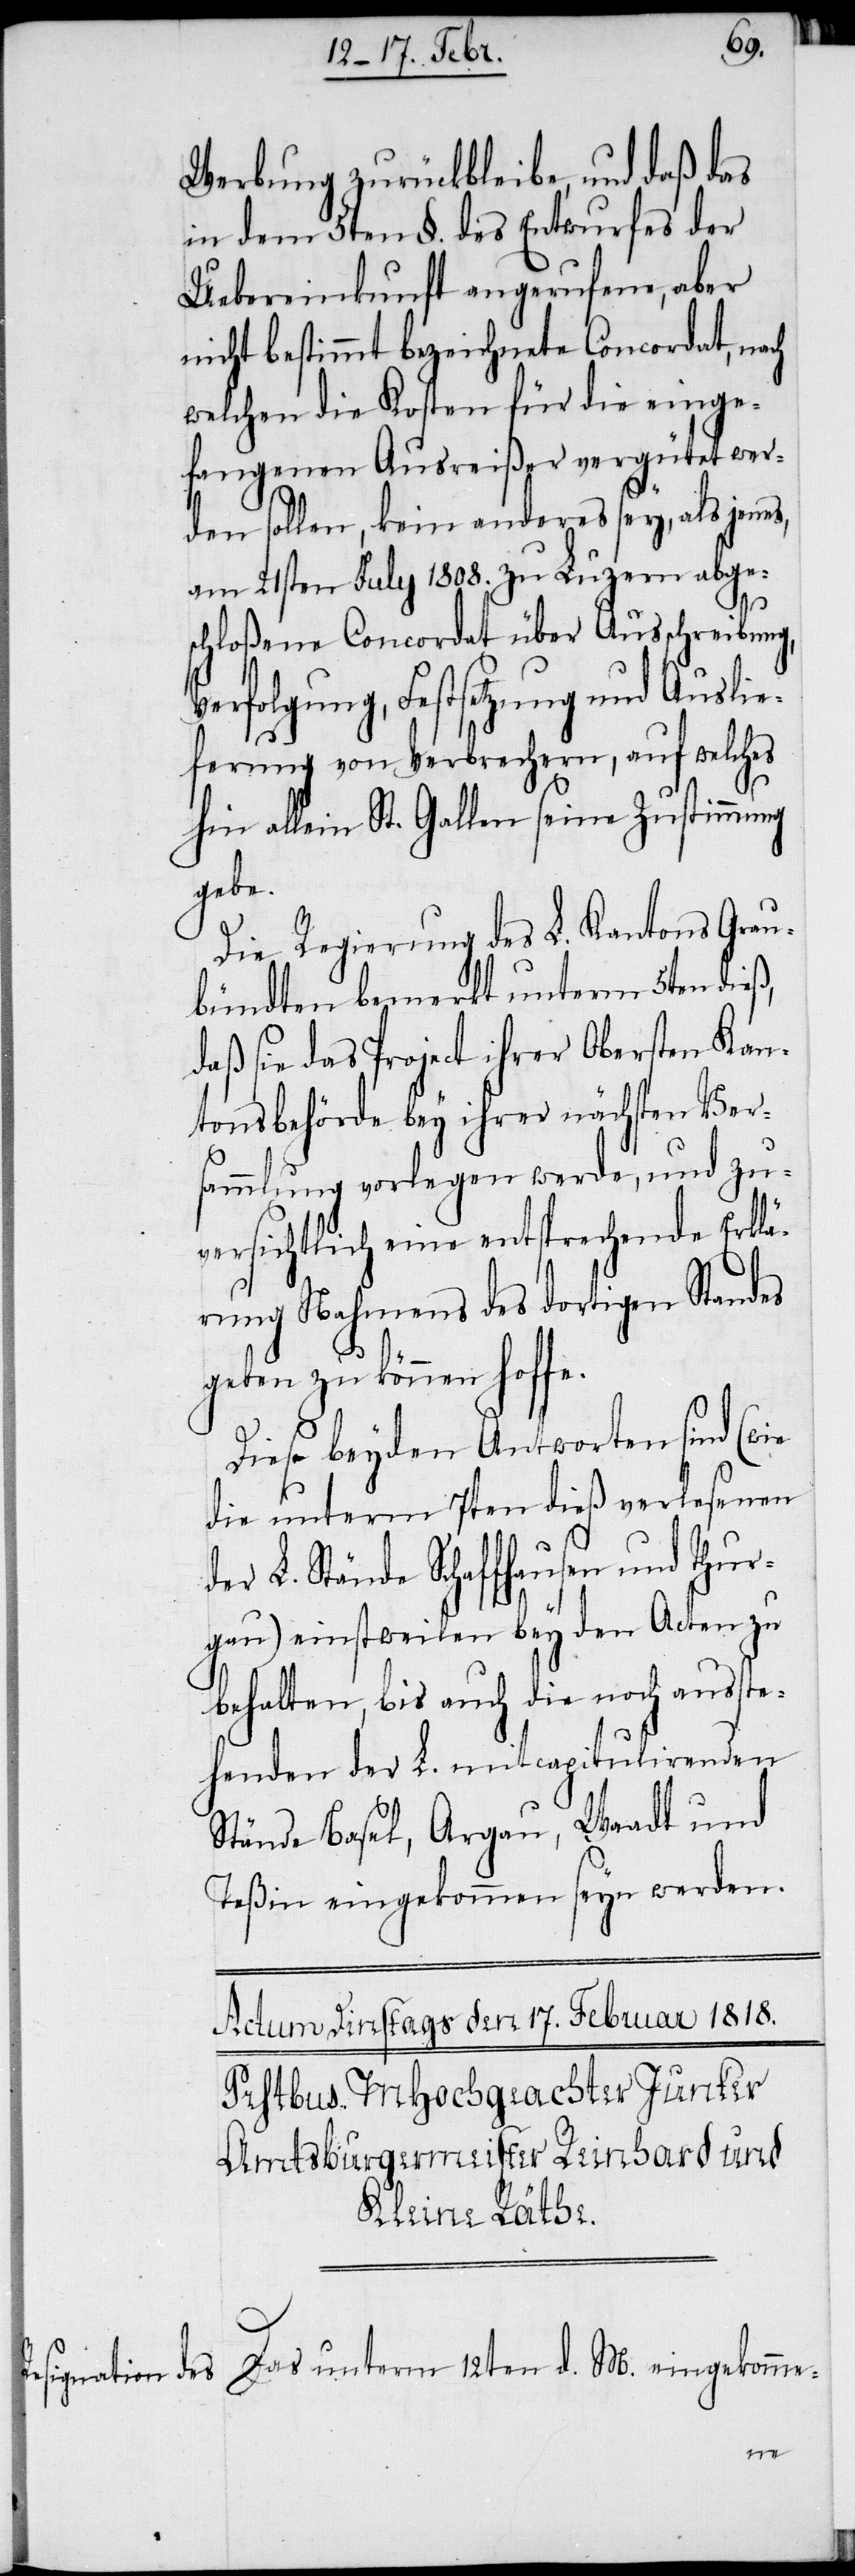
Werbung zurückbleibe, und daß das
in dem 5ten §. des Entwurfes der
Uebereinkunft angerufene, aber
nicht bestimmt bezeichnete Concordat, nach
welchen die Kosten für die einge¬
fangenen Ausreißer vergütet wer¬
den sollen, kein anderes sey, als jenes
am 21sten July 1808. zu Luzern abge¬
s¬
chloßene Concordat über Ausschreibung,
Verfolgung, Festsetzung und Auslie¬
ferung von Verbrechern, auf welches
hin allein St. Gallen seine Zustimmung
gebe.
Die Regierung des L. Kantons Grau¬
bündten bemerkt unterm 5ten dieß,
daß sie das Project ihrer Obersten Kan¬
tonsbehörde bey ihrer nächsten Vers¬
ammlung vorlegen werde, und zu¬
versichtlich eine entsprechende Erklä¬
rung Nahmens des dortigen Standes
geben zu können hoffe.
Diese beyden Antworten sind (wie
die unterm 7ten dieß verlesenen
L. Stände Schaffhausen und Thur¬
gau) einstweilen bey den Acten zu
behalten, bis auch die noch ausste¬
henden der L. mitcapitulirenden
Stände Basel, Argau, Waadt und
Teßin eingekommen seyn werden.
Das unterm 12ten d. M. eingekomme-
der